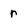
Character: r